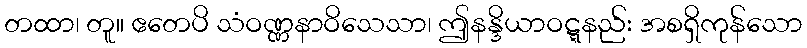
တထာ၊ တူ။ ဧတေပိ သံဝဏ္ဏနာဝိသေသာ၊ ဤနန္ဒိယာဝဋ္ဋနည်း အစရှိကုန်သော